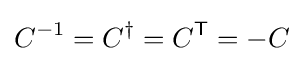
C^{-1}=C^{\dagger }=C^{\mathsf {T}}=-C